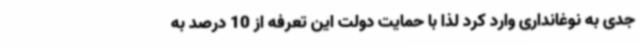
جدی به نوغانداری وارد کرد لذا با حمایت دولت این تعرفه از 10 درصد به